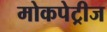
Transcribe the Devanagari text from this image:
मोकपेट्रीज